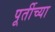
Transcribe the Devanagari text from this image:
पूर्तीच्या